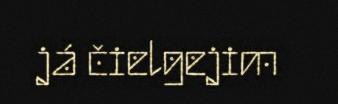
já čielgejim